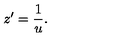
z ^ { \prime } = { \frac { 1 } { u } } .